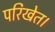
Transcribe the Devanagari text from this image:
परिखेत।